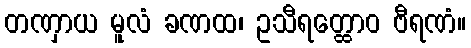
တဏှာယ မူလံ ခဏထ၊ ဥသီရတ္ထောဝ ဗီရဏံ။